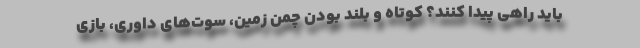
باید راهی پیدا کنند؟ کوتاه و بلند بودن چمن زمین، سوت‌های داوری، بازی